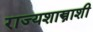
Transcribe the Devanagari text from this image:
राज्यशास्त्राशी